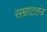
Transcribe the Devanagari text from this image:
सम्राटतंत्र